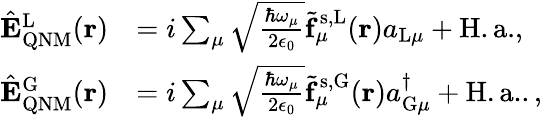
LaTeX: \begin{array}{rl}{\hat{\mathbf{E}}_{\mathrm{QNM}}^{\mathrm{L}}(\mathbf{r})}&{=i\sum_{\mu}\sqrt{\frac{\hbar\omega_{\mu}}{2\epsilon_{0}}}\tilde{\mathbf{f}}_{\mu}^{\mathrm{s,L}}(\mathbf{r})a_{\mathrm{L}\mu}+\mathrm{H.a.},}\\ {\hat{\mathbf{E}}_{\mathrm{QNM}}^{\mathrm{G}}(\mathbf{r})}&{=i\sum_{\mu}\sqrt{\frac{\hbar\omega_{\mu}}{2\epsilon_{0}}}\tilde{\mathbf{f}}_{\mu}^{\mathrm{s,G}}(\mathbf{r})a_{\mathrm{G}\mu}^{\dagger}+\mathrm{H.a.}.,}\end{array}